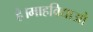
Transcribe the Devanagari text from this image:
है।माहविद्याओ